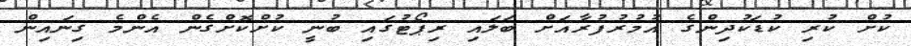
ކުށް ކުރި ކުޑަކުދިންގެ އުމުރުފުރާއަށް ބަލައި ރިޕޯޓުގައި ބުނީ ކުށްކޮށްގެން އެންމެ ގިނައިން